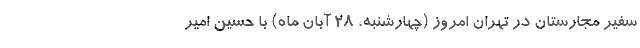
سفیر مجارستان در تهران امروز (چهارشنبه، ۲۸ آبان ماه) با حسین امیر